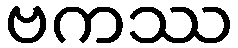
ဗကဿ